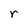
Character: r